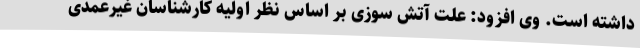
داشته است. وی افزود: علت آتش سوزی بر اساس نظر اولیه کارشناسان غیرعمدی